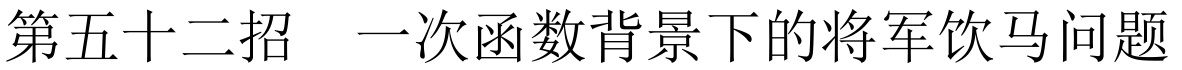
第五十二招  一次函数背景下的将军饮马问题